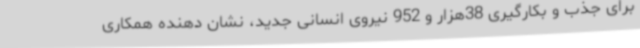
برای جذب و بکارگیری 38هزار و 952 نیروی انسانی جدید، نشان دهنده همکاری